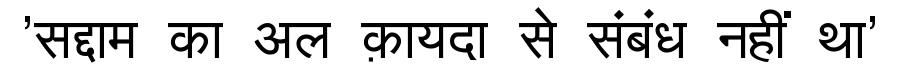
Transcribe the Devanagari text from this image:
'सद्दाम का अल क़ायदा से संबंध नहीं था'